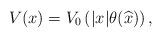
LaTeX: \begin{align*} V ( x ) = V_{0} \left( \vert x \vert \theta ( \widehat{x} ) \right) ,\end{align*}